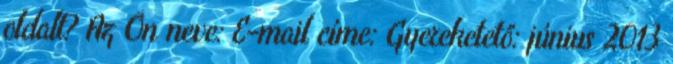
oldalt? Az Ön neve: E-mail címe: Gyereketető: június 2013